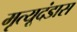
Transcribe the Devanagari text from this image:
मृत्यूदंडास